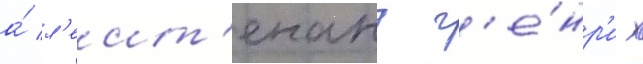
а́ л'еит'енант г'е́нр'и х